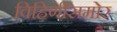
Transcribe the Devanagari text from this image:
विहिणींसमोर